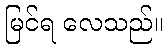
မြင်ရ လေသည်။